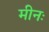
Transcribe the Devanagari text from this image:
मीनः